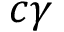
c \gamma